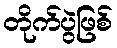
တိုက်ပွဲဖြစ်